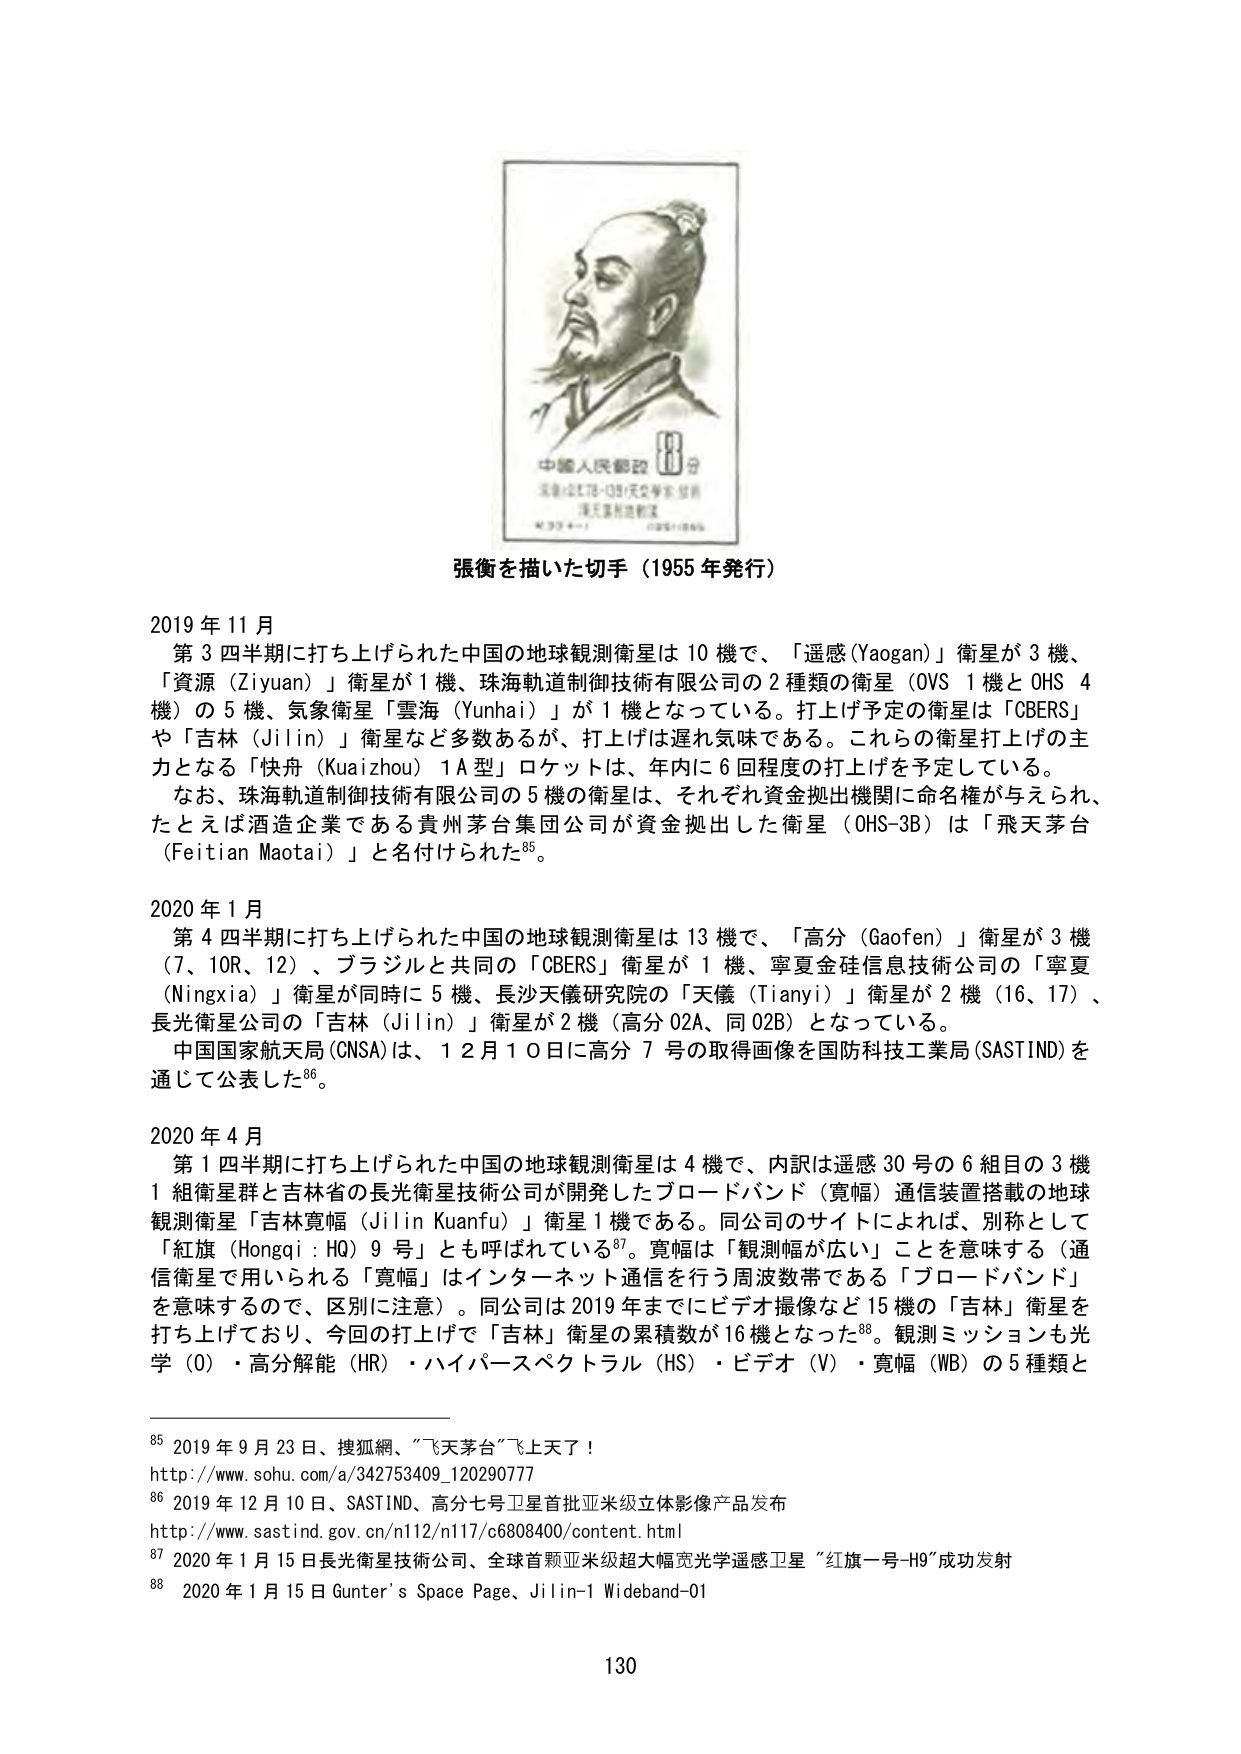
張衡を描いた切手（1955 年発行）

2019 年 11 月
第 3 四半期に打ち上げられた中国の地球観測衛星は 10 機で、「遥感（Yaogan）」衛星が 3 機、「資源（Ziyuan）」衛星が 1 機、珠海軌道制御技術有限公司の 2 種類の衛星（OVS 1 機と OHS 4 機）の 5 機、気象衛星「雲海（Yunhai）」が 1 機となっている。打ち上げ予定の衛星は「CBERS」や「吉林（Jilin）」衛星など多数あるが、打ち上げは遅れ気味である。これらの衛星打ち上げの主力となる「快舟（Kuaizhou）1A 型」ロケットは、年内に 6 回程度の打ち上げを予定している。
なお、珠海軌道制御技術有限公司の 5 機の衛星は、それぞれ資金拠出機関に命名権が与えられ、たとえば酒造企業である貴州茅台集団公司が資金拠出した衛星（OHS-3B）は「飛天茅台（Feitian Maotai）」と名付けられた⁸⁵。

2020 年 1 月
第 4 四半期に打ち上げられた中国の地球観測衛星は 13 機で、「高分（Gaofen）」衛星が 3 機（7、10R、12）、ブラジルと共同の「CBERS」衛星が 1 機、寧夏金硅信息技術公司の「寧夏（Ningxia）」衛星が同時に 5 機、長沙天儀研究院の「天儀（Tianyi）」衛星が 2 機（16、17）、長光衛星公司的「吉林（Jilin）」衛星が 2 機（高分 02A、同 02B）となっている。
中国国家航天局（CNSA）は、12 月 10 日に高分 7 号の取得画像を国防科技工業局（SASTIND）を通じて公表した⁸⁶。

2020 年 4 月
第 1 四半期に打ち上げられた中国の地球観測衛星は 4 機で、内訳は遥感 30 号の 6 組目の 3 機 1 組衛星群と吉林省の長光衛星技術公司が開発したブロードバンド（寛幅）通信装置搭載の地球観測衛星「吉林寛幅（Jilin Kuanfu）」衛星 1 機である。同公司的サイトによれば、別称として「紅旗（Hongqi : HQ）9 号」とも呼ばれている⁸⁷。寛幅は「観測幅が広い」ことを意味する（通信衛星で用いられる「寛幅」はインターネット通信を行う周波数帯である「ブロードバンド」を意味するので、区別の注意）。同公司は 2019 年までにビデオ撮像など 15 機の「吉林」衛星を打ち上げており、今回の打ち上げで「吉林」衛星の累積数が 16 機となった⁸⁸。観測ミッションも光学（O）・高分解能（HR）・ハイパースペクトル（HS）・ビデオ（V）・寛幅（WB）の 5 種類と

⁸⁵ 2019 年 9 月 23 日、搜狐網、「“飞天茅台”飞上天了！」
http://www.sohu.com/a/342753409_120290777
⁸⁶ 2019 年 12 月 10 日、SASTIND、高分七号卫星首批亚米级立体影像产品发布
http://www.sastind.gov.cn/n112/n117/c6808400/content.html
⁸⁷ 2020 年 1 月 15 日長光衛星技術公司、全球首颗亚米级超大幅宽光学遥感卫星“红旗一号-H9”成功发射
⁸⁸ 2020 年 1 月 15 日 Gunter’s Space Page、Jilin-1 Wideband-01

130